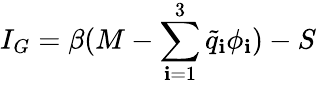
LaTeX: I_{G}=\beta(M-\sum_{\mathbf{i}=1}^{3}{\tilde{{q}}}_{\mathbf{i}}\phi_{\mathbf{i}})-S